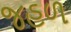
જહળ